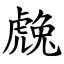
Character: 䖘